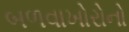
બળવાખોરોનો